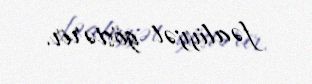
fəaliyyət göstərir.